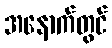
အနောက်တွင်